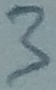
Text: 3